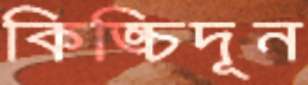
কিঙ্চিদূন